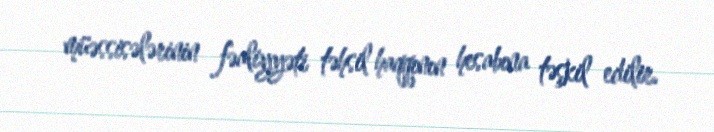
müəssisələrinin fəaliyyəti təhsil haqqının hesabına təşkil edilir.